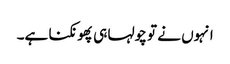
انہوں نے تو چولہا ہی پھونکنا ہے۔